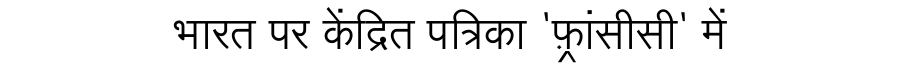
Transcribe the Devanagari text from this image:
भारत पर केंद्रित पत्रिका 'फ़्रांसीसी' में